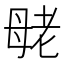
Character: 𰭪